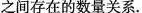
之间存在的数量关系.